Report on inoculation in the plague infected areas of the Punjab and its dependencies from October 1900 to September 1901
Year: 1900
Disease focus: Plague
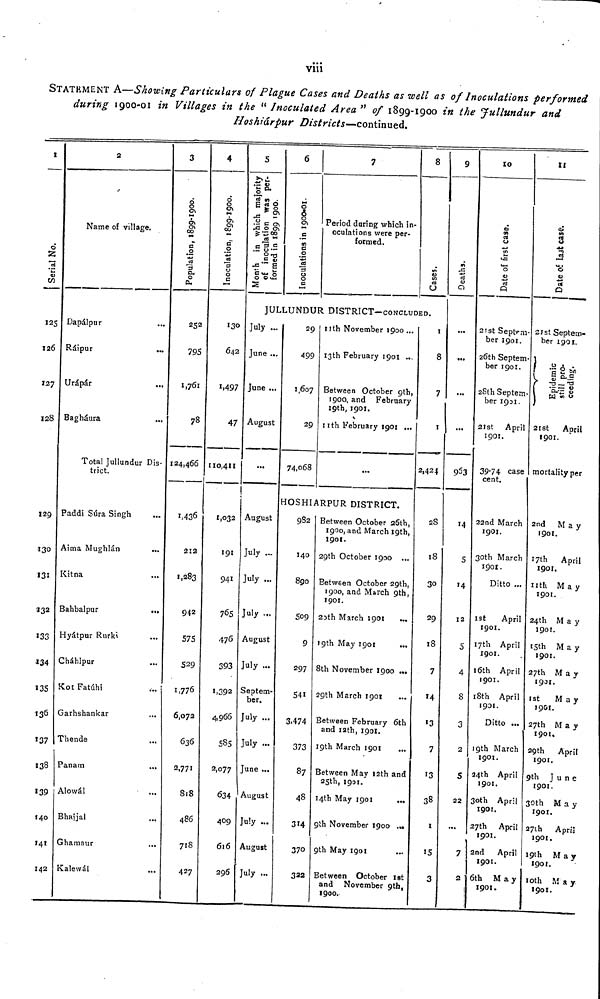
viii
STATEMENT A—Showing Particulars of Plague Cases and Deaths as well as of Inoculations performed
during 1900-01 in Villages in the " Inoculated Area " of 1899-1900 in the Jullundur and
Hoshiárpur Districts—continued.
1
Serial No.
125
126
127
128
129
130
131
332
133
134
135
136
137
138
139
140
141
142
2
Name of village.
Dapálpur
Ráipur
Urápár
Bagháura
Total Jullundur Dis-
trict.
Paddi Súra Singh
Aima Mughlán
...
Kitna
Bahbalpur
...
Hyátpur Rurkt
Cháhlpur
Kot Fatúhi
Garhshankar
...
Thende
Panam
...
Alowál
Bhajjal
Ghamaur
Kalewál
3
Population, 1899-1900.
252
795
1,761
78
124,466
1,436
2:2
1,283
942
575
529
1,776
6,072
636
2,771
818
486
718
427
4
Inoculation, 1899-1900.
130
642
1,497
47
110,411
1,032
191
941
765
476
393
1,392
4,966
585
2,077
634
409
616
296
5
Month in which majority
of inoculation was per-
formed in 1899 1900.
6
Inoculation, 1899-1900.
7
Period during which in-
oculations were per-
formed.
8
Cases.
JULLUNDUR DISTRICT—CONCLUDED.
July ...
June ...
June ...
August
...
August
July
July
July ...
August
July ...
Septem-
ber.
July ...
July ...
June ...
August
July ...
August
July ...
29
499
1,607
29
74,068
nth November 1900...
13th February 1901 ...
Between October 9th,
1900, and February
19th, 1901.
11th February 1901 ...
...
HOSHIARPUR DISTRICT.
982
140
890
509
9
297
541
3,474
373
87
48
314
370
322
Between October 26th,
1900, and March 19th,
190t.
29th October 1900 ...
Between October 29th,
1900, and March 9th,
1901.
20th March 1901
19th May 1901
8th November 1900 ...
29th March 1901
Between February 6th
and 12th, 1901.
19th March 1901
Between May 12th and
25th, 1901.
14th May 1901
...
9th November 1900.
9th May 1901
Between October 1st
and November 9th,
1900.
I
8
7
1
2,424
28
18
30
29
18
7
14
'3
7
13
38
1
15
3
9
Deaths.
...
...
...
...
953
14
5
14
12
5
4
8
3
2
S
22
...
7
2
10
Date of first case.
21st Septem-
ber 1901.
26th Septem-
ber 1901.
28th Septem-
ber 1931.
21st April
1901.
39.74 case
cent.
22nd March
1901.
30th March
1901.
Ditto ...
1st
April
1901.
17th April
1901.
16th April
1901.
18th April
1901.
Ditto ...
19th March
1901.
24th April
1901.
30th April
190t.
27th April
1901.
2nd
April
1901.
6th
May
1901.
11
Date of last case.
21st Septem-
ber 1901.
Epidemic still proc
21st
April
1901.
mortality per
2nd
May
1901.
17th
April
1901.
11th
May
1901.
24th
May
1901.
15th
May
1901.
27th
May
1901.
1st
May
1901.
27th
May
1901.
29th
April
1901.
9th
June
1901.
30th
May
1901.
27th April
1901.
19th
May
1901.
10th
May
1901.